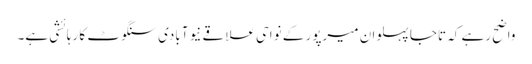
واضح رہے کہ تاجا پہلوان میرپور کے نواحی علاقے نیو آبادی سنگوٹ کا رہائشی ہے۔